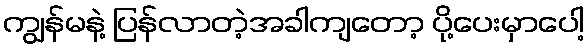
ကျွန်မနဲ့ ပြန်လာတဲ့အခါကျတော့ ပို့ပေးမှာပေါ့